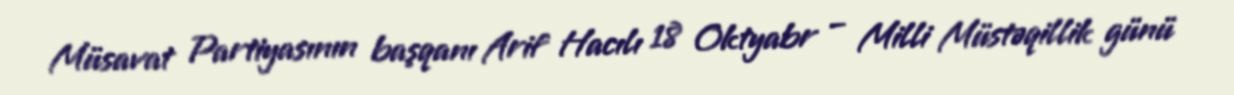
Müsavat Partiyasının başqanı Arif Hacılı 18 Oktyabr – Milli Müstəqillik günü